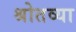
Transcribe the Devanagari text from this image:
श्रोतव्या